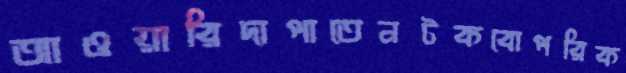
আওয়ারিদাপাতেনটকবোপরিক